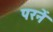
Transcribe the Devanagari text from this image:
परनें